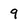
Character: 9